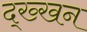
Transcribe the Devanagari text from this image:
द्ख्खन